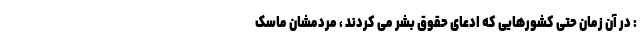
: در آن زمان حتی کشورهایی که ادعای حقوق بشر می کردند ، مردمشان ماسک